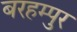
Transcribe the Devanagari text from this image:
बरहम्पुर